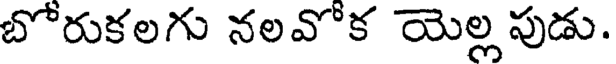
బోరుకలగు నలవోక యెల్ల పుడు.